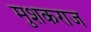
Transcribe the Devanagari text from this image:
मुशकराज